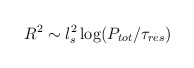
\begin{align*}R^2 \sim l_s^2 \log ( P_{tot}/\tau_{res} )\end{align*}